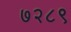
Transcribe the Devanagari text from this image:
७२८९